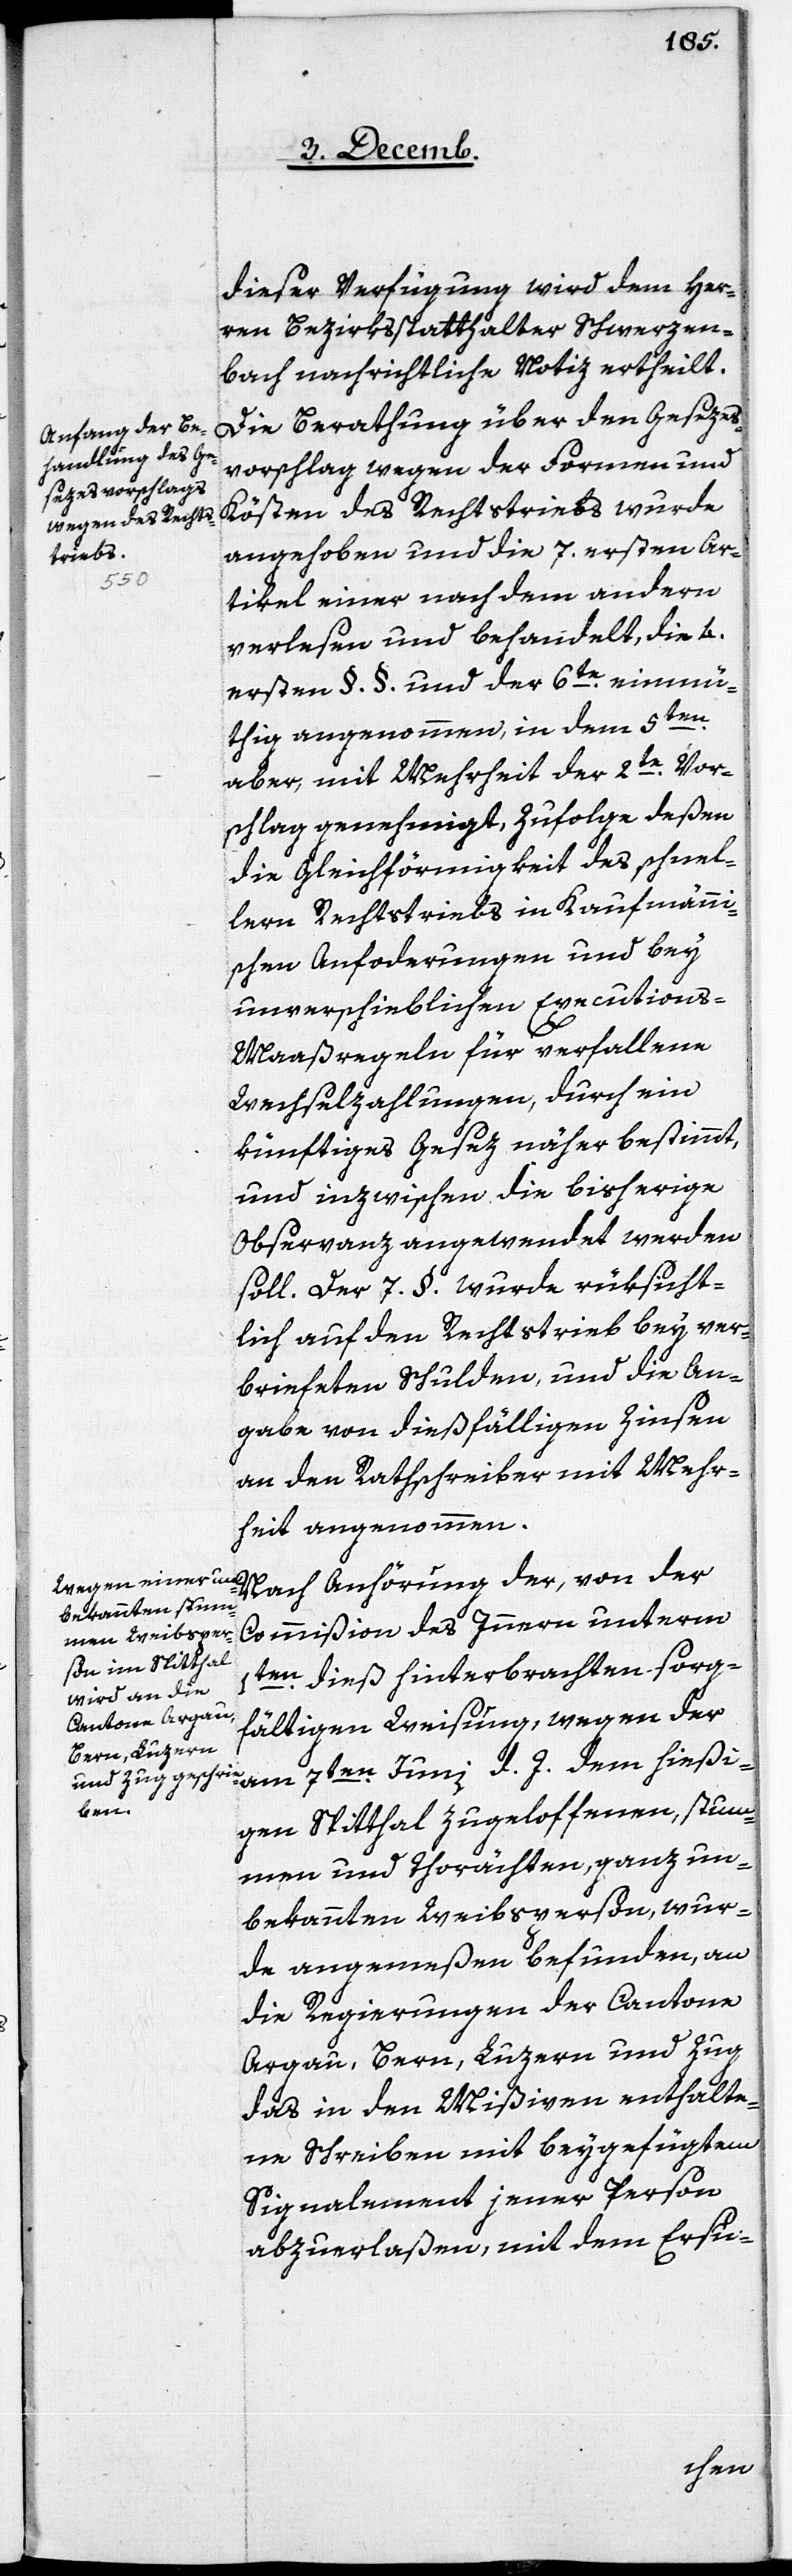
dieser Verfügung wird dem Her¬
ren Bezirksstatthalter Schwerzen¬
bach nachrichtliche Notiz ertheilt.
Die Berathung über den Gesezes¬
vorschlag wegen der Formen und
Kösten des Rechtstriebs wurde
angehoben und die 7. ersten Ar¬
tikel einer nach dem andern
verlesen und behandelt, die 4.
ersten §. §. und der 6te. einmü¬
en.
thig angenommen, in dem 5t¬
aber, mit Mehrheit der 2te. Vor¬
schlag genehmigt, Zufolge deßen
die Gleichförmigkeit des schnel¬
lern Rechtstriebs in Kaufmänni¬
schen Anforderungen und bey
unverschieblichen Executions-M¬
aaßregeln für verfallene
Wechselzahlungen, durch ein
künftiges Gesez näher bestimmt,
und inzwischen die bisherige
Observanz angewendet werden
soll. Der 7. §. wurde rüksicht¬
lich auf den Rechtstrieb bey ver¬
briefeten Schulden, und die An¬
gabe von dießfälligen Zinsen
an den Rathschreiber mit Mehr¬
heit angenommen.
Nach Anhörung der, von der
Commißion des Innern unterm
1ten. dieß hinterbrachten sorg¬
fältigen Weisung, wegen der
am 7ten. Juni d. J. dem hießi¬
gen Spitthal zugeloffenen, stum¬
men und thorächten, ganz un¬
bekannten Weibsperson, wur¬
de angemeßen befunden, an
die Regierungen der Cantone
Argau, Bern, Luzern und Zug,
das in den Mißiven enthalte¬
ne Schreiben mit beygefügtem
Signalement jener Person
abzuerlaßen, mit dem Ersu-